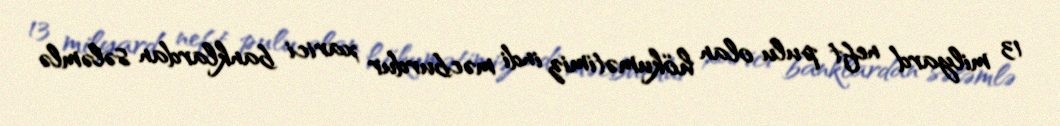
13 milyard neft pulu olan hökumətimiz indi məcburdur xarici banklardan sələmlə